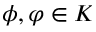
\phi , \varphi \in K